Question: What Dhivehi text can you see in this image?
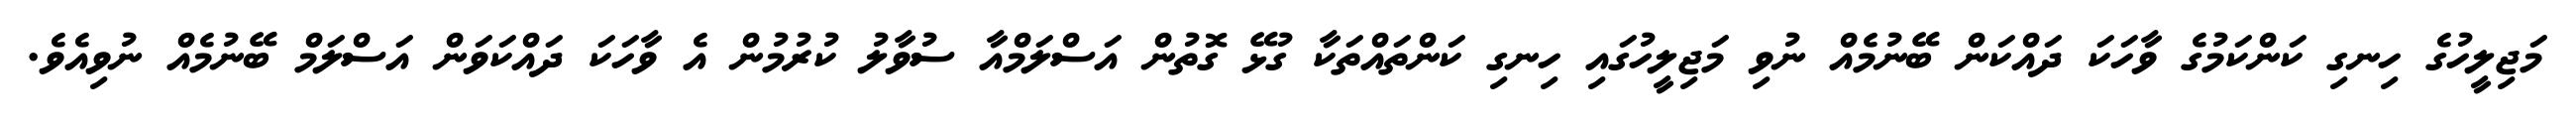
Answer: މަޖިލީހުގެ ހިނގި ކަންކަމުގެ ވާހަކަ ދައްކަން ބޭނުމެއް ނުވި މަޖިލީހުގައި ހިނގި ކަންތައްތަކާ ގުޅޭ ގޮތުން އަސްލަމްއާ ސުވާލު ކުރުމުން އެ ވާހަކަ ދައްކަވަން އަސްލަމް ބޭނުމެއް ނުވިއެވެ.